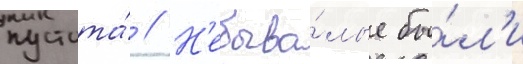
пустота́ // Н'ебыва́лые бы́л'и